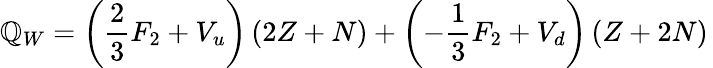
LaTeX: \mathbb{Q}_{W}=\left(\frac{{2}}{{3}}F_{2}+V_{u}\right)\left(2Z+N\right)+\left(-\frac{{1}}{{3}}F_{2}+V_{d}\right)\left(Z+2N\right)\,